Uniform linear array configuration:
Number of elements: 48
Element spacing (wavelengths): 0.25
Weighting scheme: exponential
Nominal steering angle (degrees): -15
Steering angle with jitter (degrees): -15.715
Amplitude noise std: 0.05
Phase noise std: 0.05

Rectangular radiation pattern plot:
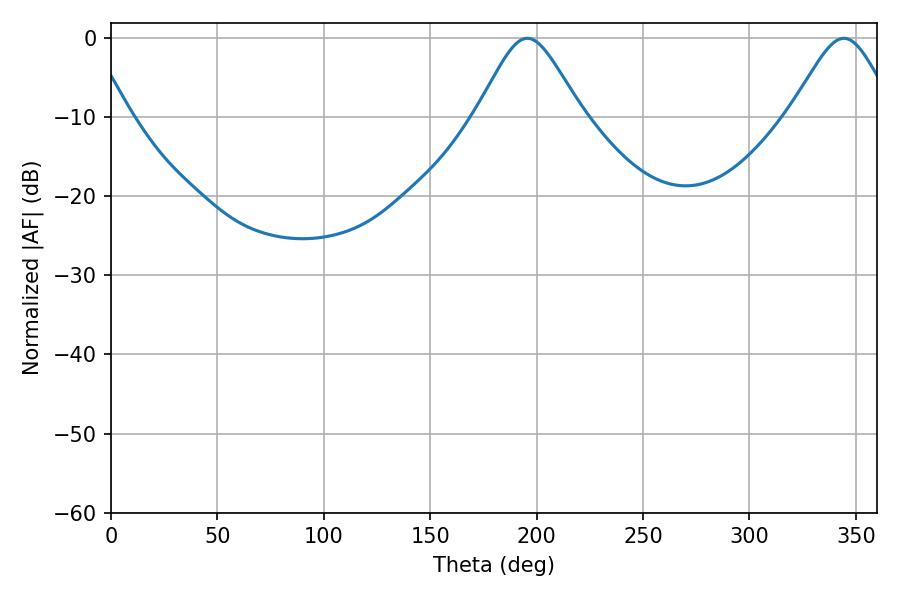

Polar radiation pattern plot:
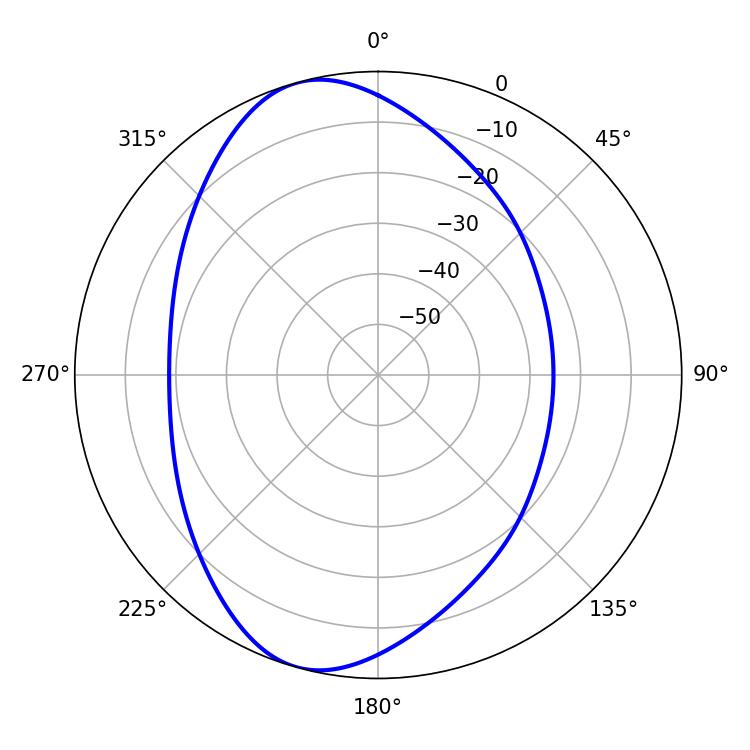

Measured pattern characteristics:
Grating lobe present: FALSE
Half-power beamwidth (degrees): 24.12
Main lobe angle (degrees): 195.66